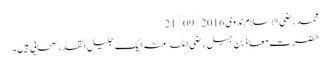
محمد رضی الاسلام ندوی 21/09/2016
حضرت معاذ بن جبل رضی اللہ عنہ ایک جلیل القدر صحابی ہیں۔